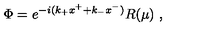
\Phi = e ^ { - i ( k _ { + } x ^ { + } + k _ { - } x ^ { - } ) } R ( \mu ) \ ,